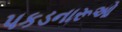
પકડનારૂઓ